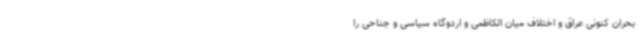
بحران کنونی عراق و اختلاف میان الکاظمی و اردوگاه سیاسی و جناحی را